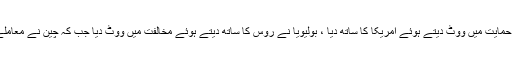
سلامتی کونسل میں پیش کی گئی قرارداد پر 12 ممالک نے حمایت میں ووٹ دیتے ہوئے امریکا کا ساتھ دیا ، بولیویا نے روس کا ساتھ دیتے ہوئے مخالفت میں ووٹ دیا جب کہ چین نے معاملے کو خود سے دور رکھتے ہوئے ووٹ دینے سے گریز کیا۔